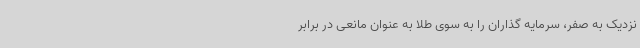
نزدیک به صفر، سرمایه گذاران را به سوی طلا به عنوان مانعی در برابر